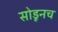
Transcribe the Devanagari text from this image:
सोडूनच